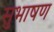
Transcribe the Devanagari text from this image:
सुभाषण